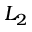
L _ { 2 }